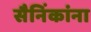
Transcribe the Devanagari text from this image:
सैनिंकांना